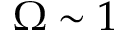
\Omega \sim 1